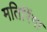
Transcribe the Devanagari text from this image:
मतिरिंगा